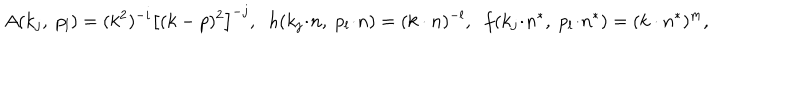
LaTeX: A ( k _ { j } , \; p _ { l } ) = ( k ^ { 2 } ) ^ { - i } \left[ ( k - p ) ^ { 2 } \right] ^ { - j } , \; \; h ( k _ { j } \! \cdot \! n , \; p _ { l } \! \cdot \! n ) = ( k \cdot n ) ^ { - l } , \; \; f ( k _ { j } \! \cdot \! n ^ { * } , \; p _ { l } \! \cdot \! n ^ { * } ) = ( k \cdot n ^ { * } ) ^ { m } ,